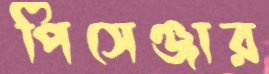
পিসেঞ্জার